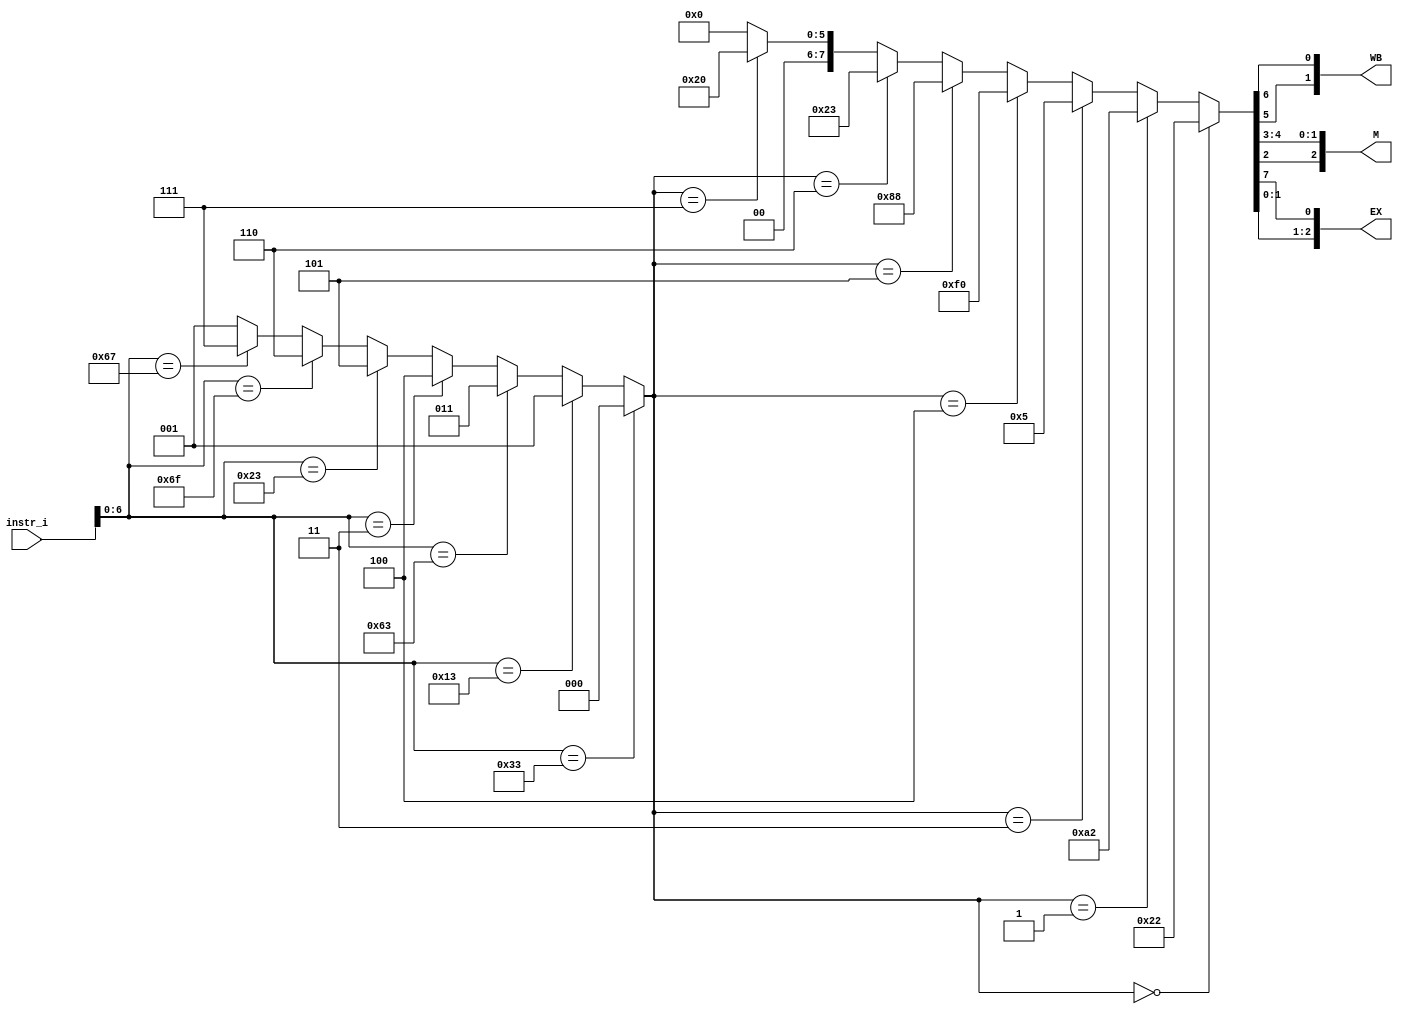
/***************************************************
Student Name: 
Student ID: 
***************************************************/

`timescale 1ns/1ps
module Decoder(
    input [31:0]instr_i, 
	output [1:0]WB,
	output [2:0]M,
	output [2:0]EX
	);
//Internal Signals
wire	[7-1:0]		opcode;
wire 	[3-1:0]		funct3;
wire	[3-1:0]		Instr_field;
wire	[10-1:0]	ctrl_o;

assign opcode = instr_i[6:0];
assign funct3 = instr_i[14:12];

// Check Instr. Field
// 0:R-type, 1:I-type, 2:S-type, 3:B-type, 5:J-type	
assign Instr_field = (opcode==7'b0110011)?0:(	//R 0
		     (opcode==7'b0010011)?1:(	//I 1
		     (opcode==7'b1100011)?3:(   //BLT 3
		     (opcode==7'b0000011)?4:(	//LW  1
                     (opcode==7'b0100011)?5:(	//SW  2
		     (opcode==7'b1101111)?6:(	//JAL 5
		     (opcode==7'b1100111)?7:(	//JALR 6
		      1)))))));    						
assign ctrl_o = (Instr_field==0)?10'b0000100010:(		//R-type
		(Instr_field==1)?10'b0010100010:(		//I-type
		(Instr_field==3)?10'b0000000101:(		//branch
		(Instr_field==4)?10'b0011110000:(		//lw
		(Instr_field==5)?10'b0010001000:( 		//SW
		(Instr_field==6)?10'b0100100011:(		//jal
		(Instr_field==7)?10'b1000100000:(		//jalr
		10'b0000000000)))))));

assign WB[1]=ctrl_o[5];
assign WB[0]=ctrl_o[6];
//assign RegWrite = Ctrl_o[5];
//assign MemtoReg = Ctrl_o[6];
assign M[2]=ctrl_o[2];
assign M[1]=ctrl_o[4];
assign M[0]=ctrl_o[3];
//assign Branch = Ctrl_o[2];
//assign MemRead = Ctrl_o[4];
//assign MemWrite = Ctrl_o[3];
assign EX[2:1]=ctrl_o[1:0];
assign EX[0]=ctrl_o[7];
//assign ALUOp = Ctrl_o[1:0];
//assign ALUSrc = Ctrl_o[7];
//assign Jump = Ctrl_o[9:8]; not used

endmodule